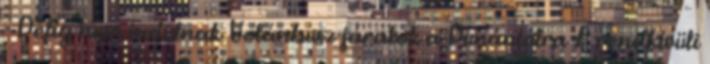
- Délig nem indulnak Volánbusz-járatok a Dunántúlra A rendkívüli